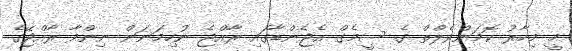
މީ މިހާރު ކޮމަންވެލްތް ގެ ސީމެގް އެޖެންޑާގައި ރާއްޖެ ނުހިމަނަން ނިންމާ ރާއްޖޭގެ